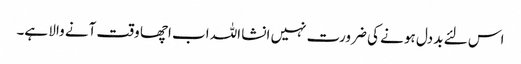
اس لئے بد دل ہو نے کی ضرورت نہیں انشا اللہ اب اچھا وقت آنے والا ہے۔